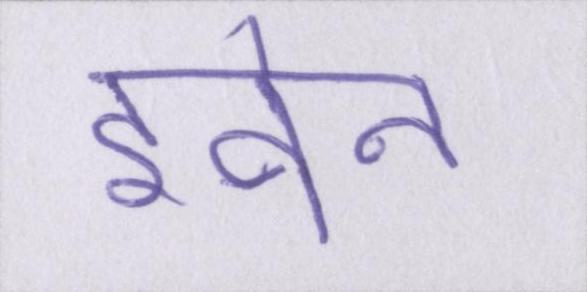
इवेन